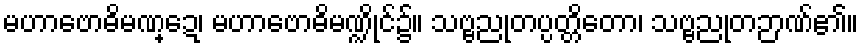
မဟာဗောဓိမဏ္ဍေ၊ မဟာဗောဓိမဏ္ဍိုင်၌။ သဗ္ဗညုတပ္ပတ္တိတော၊ သဗ္ဗညုတဉာဏ်၏။